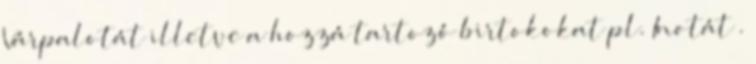
Várpalotát illetve a hozzá tartozó birtokokat pl. Inotát .